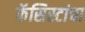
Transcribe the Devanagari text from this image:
फॅसिस्टांचा